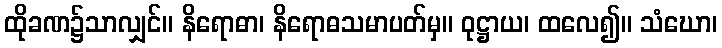
ထိုခဏ၌သာလျှင်။ နိရောဓာ၊ နိရောဓသမာပတ်မှ။ ဝုဋ္ဌာယ၊ ထလေ၍။ သံဃော၊